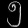
Digit: ၅